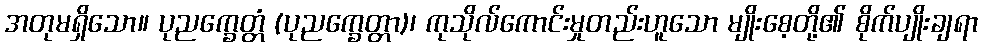
အတုမရှိသော။ ပုညက္ခေတ္တံ (ပုညက္ခေတ္တာ)၊ ကုသိုလ်ကောင်းမှုတည်းဟူသော မျိုးစေ့တို့၏ စိုက်ပျိုးချရာ